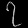
Digit: ၇